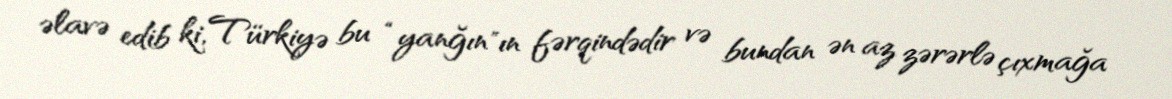
əlavə edib ki, Türkiyə bu “yanğın"ın fərqindədir və bundan ən az zərərlə çıxmağa